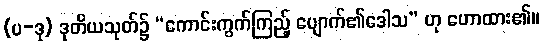
(ပ-ဒု) ဒုတိယသုတ်၌ “ကောင်းကွက်ကြည့် ပျောက်၏ဒေါသ” ဟု ဟောထား၏။